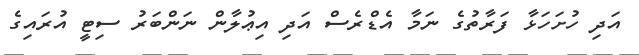
އަދި ހުށަހަޅާ ފަރާތުގެ ނަމާ އެޑްރެސް އަދި އިޢުލާން ނަންބަރު ސިޓީ އުރައިގެ